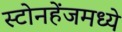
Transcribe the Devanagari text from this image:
स्टोनहेंजमध्ये